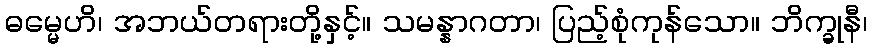
ဓမ္မေဟိ၊ အဘယ်တရားတို့နှင့်။ သမန္နာဂတာ၊ ပြည့်စုံကုန်သော။ ဘိက္ခုနီ၊